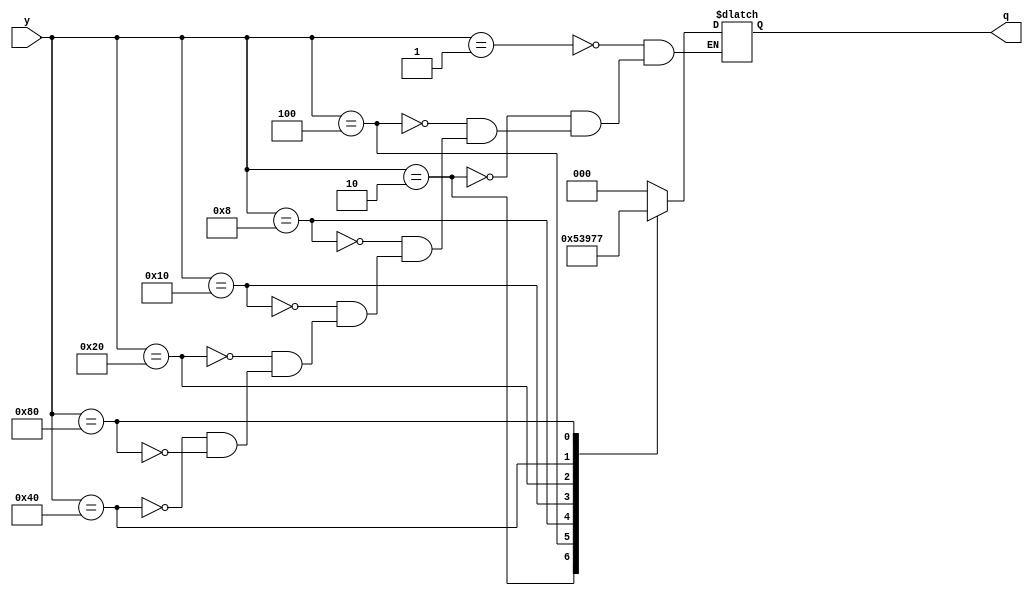
module encoder_8_3_beh(y,q);
input [7:0]y;
output [2:0]q;
reg [2:0]q;
always @(y)
begin
     case(y)
        8'b00000001: begin q=3'b000;end
	8'b00000010: begin q=3'b001;end
	8'b00000100: begin q=3'b010;end
	8'b00001000: begin q=3'b011;end
	8'b00010000: begin q=3'b100;end
	8'b00100000: begin q=3'b101;end
	8'b01000000: begin q=3'b110;end
	8'b10000000: begin q=3'b111;end
      endcase
end
endmodule